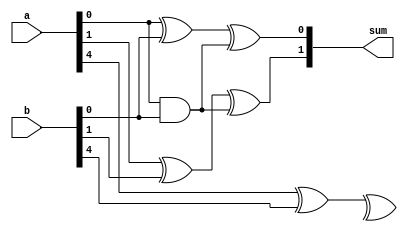
module carry_select_adder(
    input wire [31:0] a,
    input wire [31:0] b,
    output reg [31:0] sum
);

reg [31:0] carry_out[4:0];

always @(a, b) begin
    // First stage calculation
    carry_out[0] = a[0] & b[0];
    sum[0] = a[0] ^ b[0] ^ carry_out[0];

    // Second stage calculation
    carry_out[1] = (a[1] & b[1]) | (carry_out[0] & (a[1] ^ b[1]));
    sum[1] = a[1] ^ b[1] ^ carry_out[0];

    // Repeat for additional stages as needed

    // Final stage
    carry_out[4] = (a[4] & b[4]) | (carry_out[3] & (a[4] ^ b[4]));
    sum[4] = a[4] ^ b[4] ^ carry_out[3];
end

endmodule